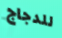
للدجاج